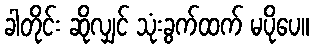
ခါတိုင်း ဆိုလျှင် သုံးခွက်ထက် မပိုပေ။